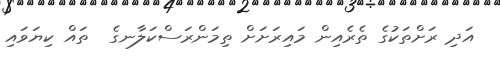
އަދި ރަށްތަކުގެ ތެރެއިން މައިރަށަށް ތިމަންރަސްކަލާނގެ  ތައް ކިޔަވައި